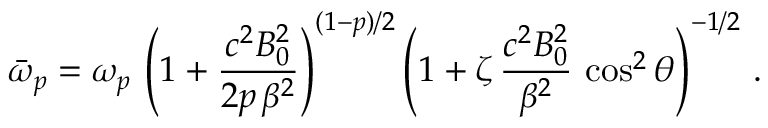
\bar { \omega } _ { p } = \omega _ { p } \, \left( 1 + \frac { c ^ { 2 } B _ { 0 } ^ { 2 } } { 2 p \, \beta ^ { 2 } } \right) ^ { ( 1 - p ) / 2 } \left( 1 + \zeta \, \frac { c ^ { 2 } B _ { 0 } ^ { 2 } } { \beta ^ { 2 } } \, \cos ^ { 2 } \theta \right) ^ { - 1 / 2 } \, .